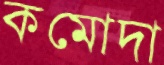
কমোদা